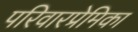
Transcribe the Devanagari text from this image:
परिवारप्रेमिका